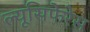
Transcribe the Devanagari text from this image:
ल्यूसिफेरेस